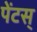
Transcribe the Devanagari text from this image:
पेंटस्